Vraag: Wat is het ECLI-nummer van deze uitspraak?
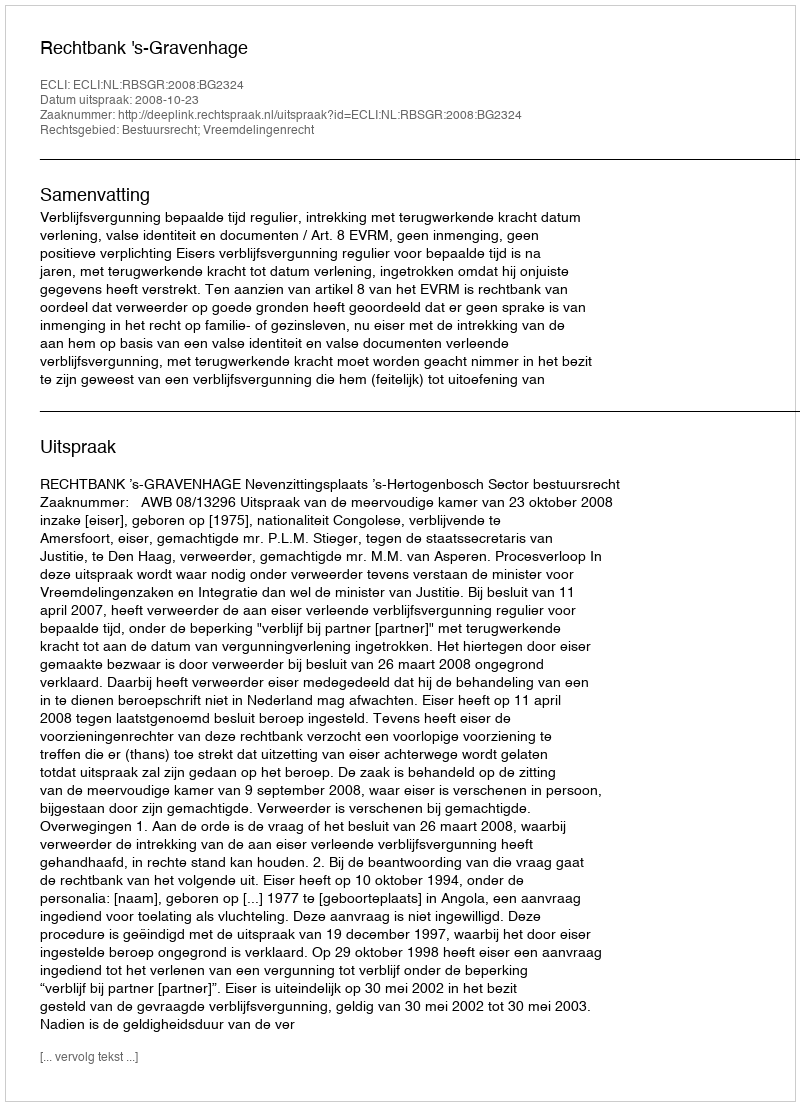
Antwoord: ECLI:NL:RBSGR:2008:BG2324